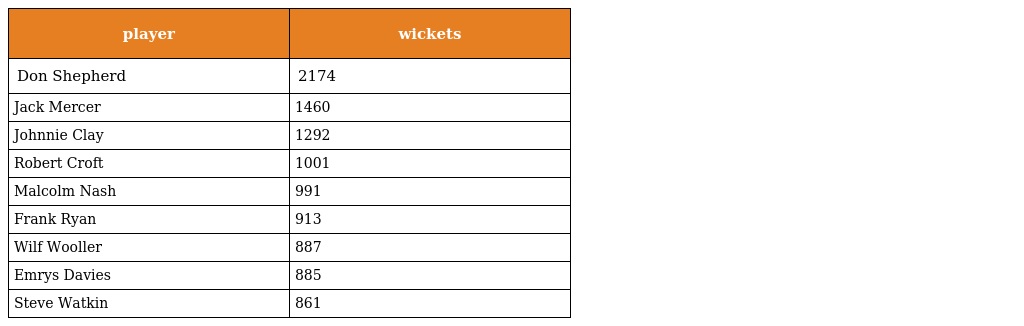
| player | wickets |
 | --- | --- |
 | Don Shepherd | 2174 |
 | Jack Mercer | 1460 |
 | Johnnie Clay | 1292 |
 | Robert Croft | 1001 |
 | Malcolm Nash | 991 |
 | Frank Ryan | 913 |
 | Wilf Wooller | 887 |
 | Emrys Davies | 885 |
 | Steve Watkin | 861 |